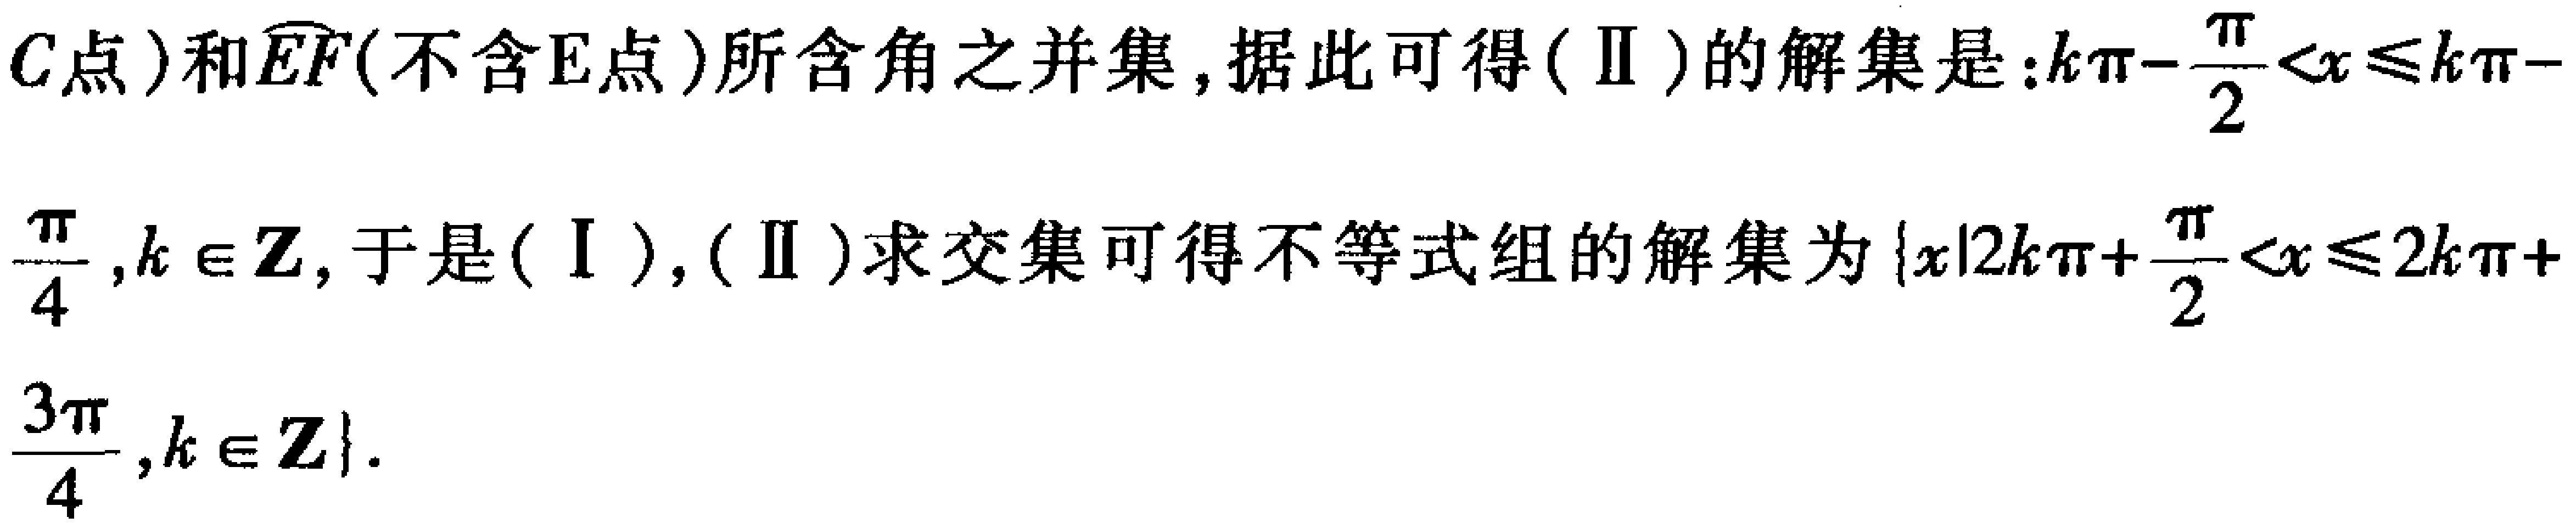
$C点)和\overset{\frown}{EF}(不含E点)所含角之并集,据此可得(Ⅱ)的解集是:k\pi-\frac{\pi}{2}<x\leqslant k\pi - \frac{\pi}{4},k\in\mathbf{Z},于是(Ⅰ),(Ⅱ)求交集可得不等式组的解集为\{x|2k\pi+\frac{\pi}{2}<x\leqslant 2k\pi+\frac{3\pi}{4},k\in\mathbf{Z}\}.$